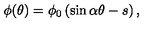
\phi ( \theta ) = \phi _ { 0 } \left( \sin \alpha \theta - s \right) ,